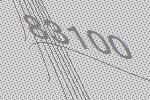
83100